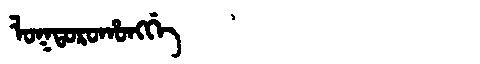
Manchu: ᠯᠣᡴᡨᠣᡵᠣᡥᠣᠩᡤᡝ
Romanization: LOKTOROHONGGE